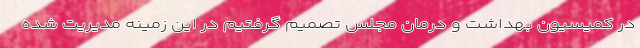
در کمیسیون بهداشت و درمان مجلس تصمیم گرفتیم در این زمینه مدیریت شده